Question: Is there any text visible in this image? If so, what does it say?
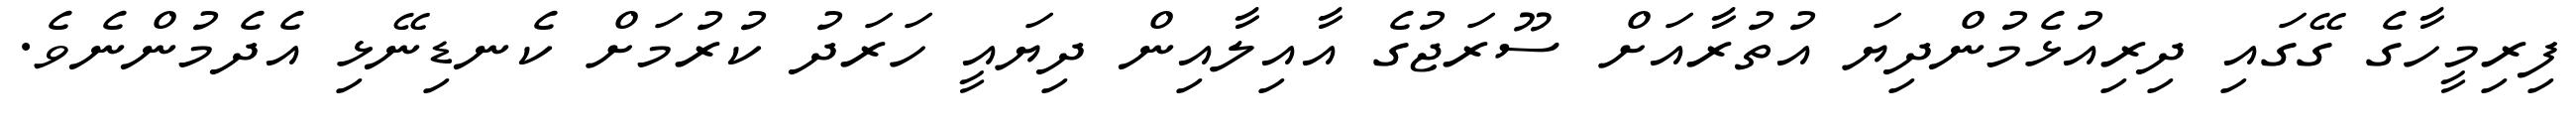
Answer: ފިރިމީހާގެ ގޭގައި ދިރިއުޅެމުންދިޔަ އުތުރާއަށް ސޫރަޖުގެ އާއިލާއިން ދިޔައީ ހަރަދު ކުރުމަށް ކެނޑިނޭޅި އެދެމުންނެވެ.